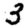
Digit: 3